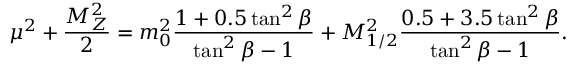
\mu ^ { 2 } + \frac { M _ { Z } ^ { 2 } } { 2 } = m _ { 0 } ^ { 2 } \frac { 1 + 0 . 5 \tan ^ { 2 } \beta } { \tan ^ { 2 } \beta - 1 } + M _ { 1 / 2 } ^ { 2 } \frac { 0 . 5 + 3 . 5 \tan ^ { 2 } \beta } { \tan ^ { 2 } \beta - 1 } .